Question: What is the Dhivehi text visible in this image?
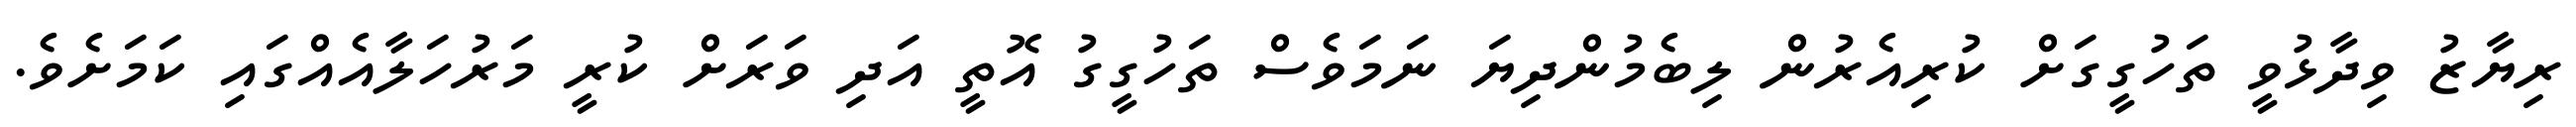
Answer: ރިޔާޒު ވިދާޅުވީ ތަހުގީގަށް ކުރިއެރުން ލިބެމުންދިޔަ ނަމަވެސް ތަހުގީގު އޮތީ އަދި ވަރަށް ކުރީ މަރުހަލާއެއްގައި ކަމަށެވެ.